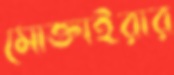
মোক্তাইরার